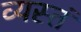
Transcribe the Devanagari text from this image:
व्यस्तं